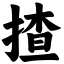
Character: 揸